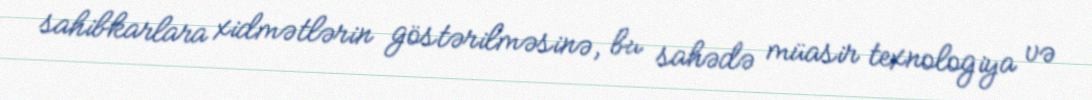
sahibkarlara xidmətlərin göstərilməsinə, bu sahədə müasir texnologiya və